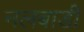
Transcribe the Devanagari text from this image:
नलबाडी